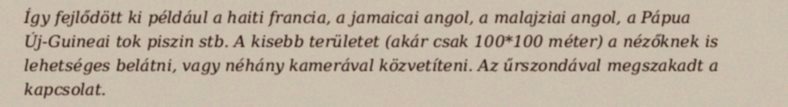
Így fejlődött ki például a haiti francia, a jamaicai angol, a malajziai angol, a Pápua Új-Guineai tok piszin stb. A kisebb területet (akár csak 100*100 méter) a nézőknek is lehetséges belátni, vagy néhány kamerával közvetíteni. Az űrszondával megszakadt a kapcsolat.